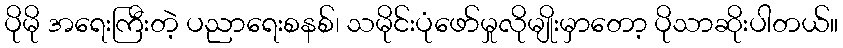
ပိုမို အရေးကြီးတဲ့ ပညာရေးစနစ်၊ သမိုင်းပုံဖော်မှုလိုမျိုးမှာတော့ ပိုသာဆိုးပါတယ်။